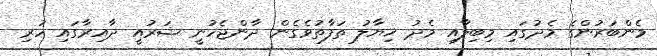
މެންބަރުންގެ މެދުގައި މިބިލާއި މެދު ޚިޔާލު ތަފާތުވެގެން ދާންޖެހުނީ ޝަރުއީ ދާއިރާގައި ހުރި